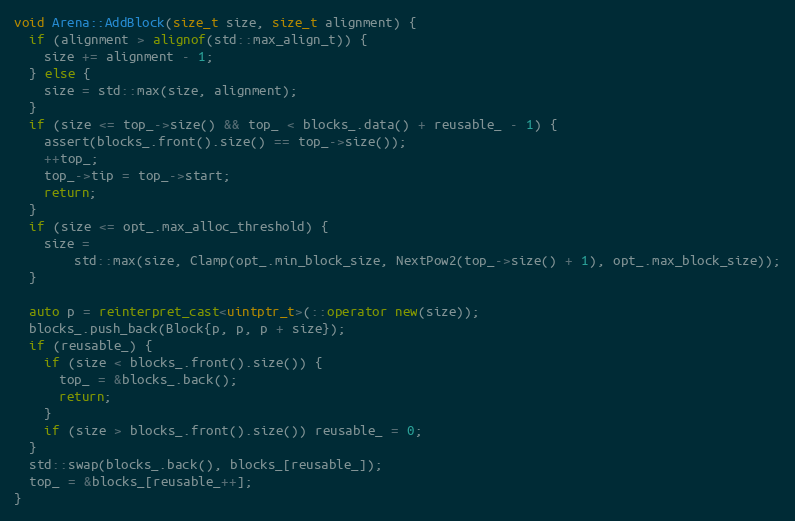
Language: C++
void Arena::AddBlock(size_t size, size_t alignment) {
  if (alignment > alignof(std::max_align_t)) {
    size += alignment - 1;
  } else {
    size = std::max(size, alignment);
  }
  if (size <= top_->size() && top_ < blocks_.data() + reusable_ - 1) {
    assert(blocks_.front().size() == top_->size());
    ++top_;
    top_->tip = top_->start;
    return;
  }
  if (size <= opt_.max_alloc_threshold) {
    size =
        std::max(size, Clamp(opt_.min_block_size, NextPow2(top_->size() + 1), opt_.max_block_size));
  }

  auto p = reinterpret_cast<uintptr_t>(::operator new(size));
  blocks_.push_back(Block{p, p, p + size});
  if (reusable_) {
    if (size < blocks_.front().size()) {
      top_ = &blocks_.back();
      return;
    }
    if (size > blocks_.front().size()) reusable_ = 0;
  }
  std::swap(blocks_.back(), blocks_[reusable_]);
  top_ = &blocks_[reusable_++];
}